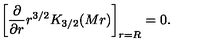
\left[ { \frac { \partial } { \partial r } } r ^ { 3 / 2 } K _ { 3 / 2 } ( M r ) \right] _ { r = R } = 0 .